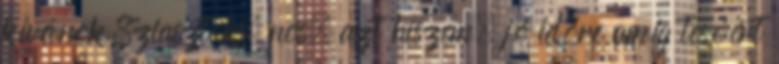
kívánok Sziasztok, nos, azt hiszem, jó időre amíg tesóért